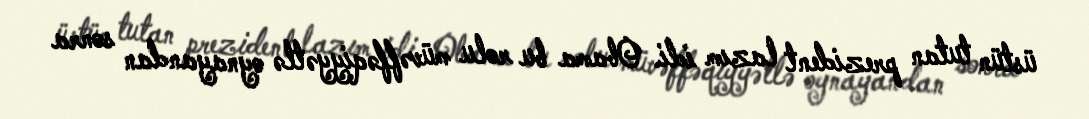
üstün tutan prezident lazım idi. Obama bu rolu müvəffəqiyyətlə oynayandan sonra